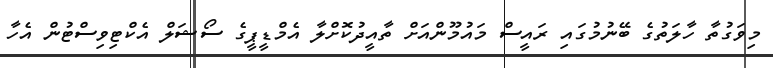
މިވަގުތާ ހާލަތުގެ ބޭނުމުގައި ރައީސް މައުމޫންއަށް ތާއީދުކޮށްލާ އެމްޑީޕީގެ ސޯޝަލް އެކްޓިވިސްޓުން އެހާ